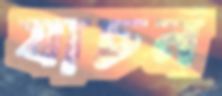
যাচন